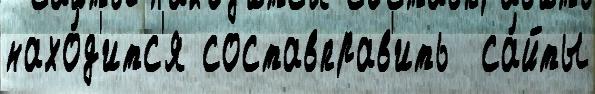
нахо́д'итс'я составправ'ить  са́йты